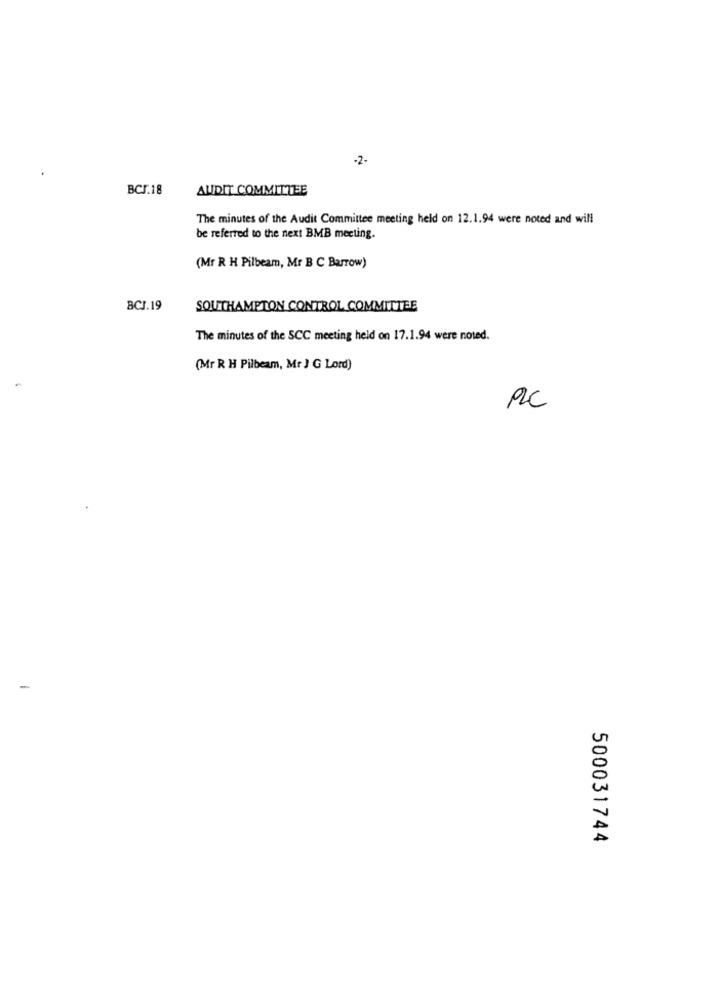
-2-
BCJ.18
AUDIT COMMITTEE
The minutes of the Audit Committee meeting held on 12.1.94 were noted and will
be referred to the next BMB meeting.
(Mr R H Pilbeam, Mr B C Barrow)
BCJ.19
SOUTHAMPTON CONTROL COMMITTEE
The minutes of the SCC meeting held on 17.1.94 were noted.
(Mr R H Pilbeam, Mr J G Lord)
PC
500031744